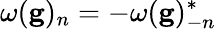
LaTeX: \omega(\mathbf{g})_{n}=-\omega(\mathbf{g})_{-n}^{*}